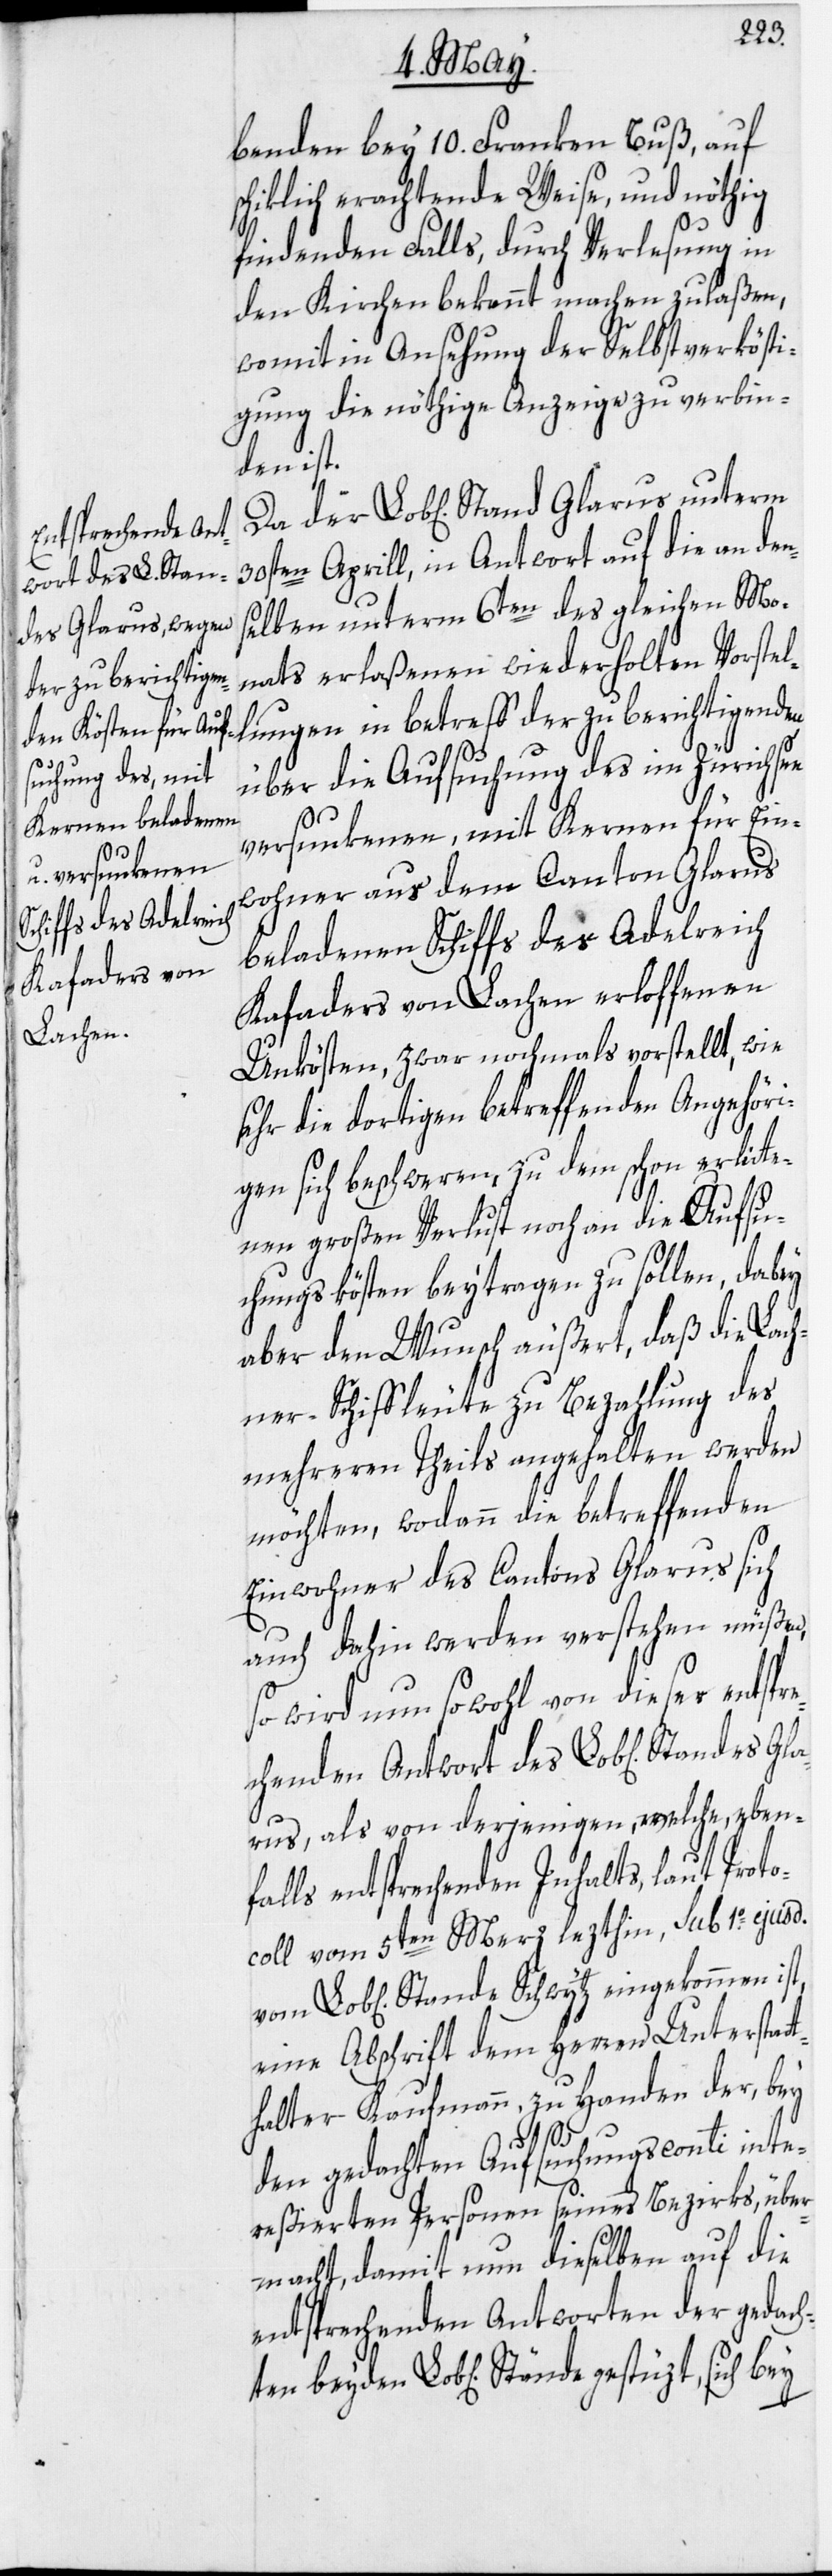
sich

benden bey 10. Franken Buß, auf
schiklich erachtende Weise, und nöthig
findenden Falls, durch Verlesung in
den Kirchen bekannt machen zu laßen,
womit in Ansehung der Selbstverkösti¬
gung die nöthige Anzeige zu verbin¬
men ist,
30sten Aprill, in Antwort auf die an den¬
selben unterm 6ten des gleichen Mo¬
nats erlaßenen wiederholten Vorstel¬
lungen in betreff der zu berichtigenden
über die Aufsuchung des im Zürichsee
versunkenen, mit Kernen für Ein¬
wohner aus dem Canton Glarus
beladenen Schiffs des Adelreich
Kafaders von Lachen erloffenen
Unkösten, zwar nochmals vorstellt, wie
sehr die dortigen betreffenden Angehöri¬
gen sich beschweren, zu dem schon erlitte¬
nen großen Verlust noch an die Aufsu¬
chungskösten beytragen zu sollen, dabey
aber den Wunsch äußert, daß die Lach¬
ner-Schiffleute zu Bezahlung des
mehreren Theils angehalten werden
möchten, wodann die betreffenden
Einwohner des Cantons Glarus sich
auch dahin werden verstehen müßen,
so wird nun sowohl von dieser entspr¬
echenden Antwort des Lob[lichen] Standes
arus, als von derjenigen, welche, ebenf¬
Lob[lichen] Stande Schwytz eingekom¬
ocoll vom 5ten Merz lezthin, sub 1.o ejusd.
eine Abschrift dem Herren Unterstat¬
halter Kaufmann, zu Handen der, bey
ten
den gedachten Aufsuchungsconti inter¬
eßierten Personen seines Bezirks, über¬
macht, damit nun dieselben auf die
entsprechenden Antworten der gedach¬